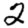
Digit: 2